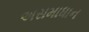
અસમાધાન